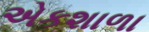
એકશાળા